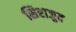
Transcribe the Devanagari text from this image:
सिराजुद